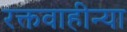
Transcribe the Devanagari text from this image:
रक्तवाहीन्या